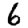
Digit: 6